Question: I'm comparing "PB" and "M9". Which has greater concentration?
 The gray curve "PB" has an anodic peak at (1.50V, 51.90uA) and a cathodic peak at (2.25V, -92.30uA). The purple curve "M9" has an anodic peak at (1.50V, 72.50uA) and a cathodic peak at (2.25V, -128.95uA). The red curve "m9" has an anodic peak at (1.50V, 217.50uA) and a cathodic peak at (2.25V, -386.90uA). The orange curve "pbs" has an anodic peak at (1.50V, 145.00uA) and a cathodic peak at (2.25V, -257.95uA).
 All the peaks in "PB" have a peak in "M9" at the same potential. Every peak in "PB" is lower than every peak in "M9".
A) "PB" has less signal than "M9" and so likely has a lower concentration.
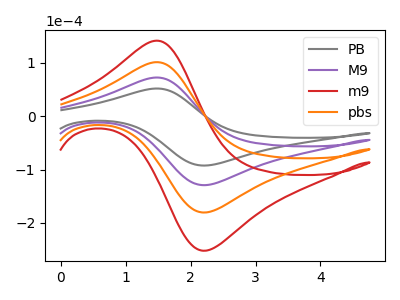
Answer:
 <answer>A) "PB" has less signal than "M9" and so likely has a lower concentration.</answer>
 <eval>A</eval>